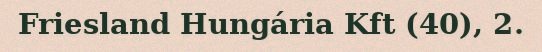
Friesland Hungária Kft (40), 2.